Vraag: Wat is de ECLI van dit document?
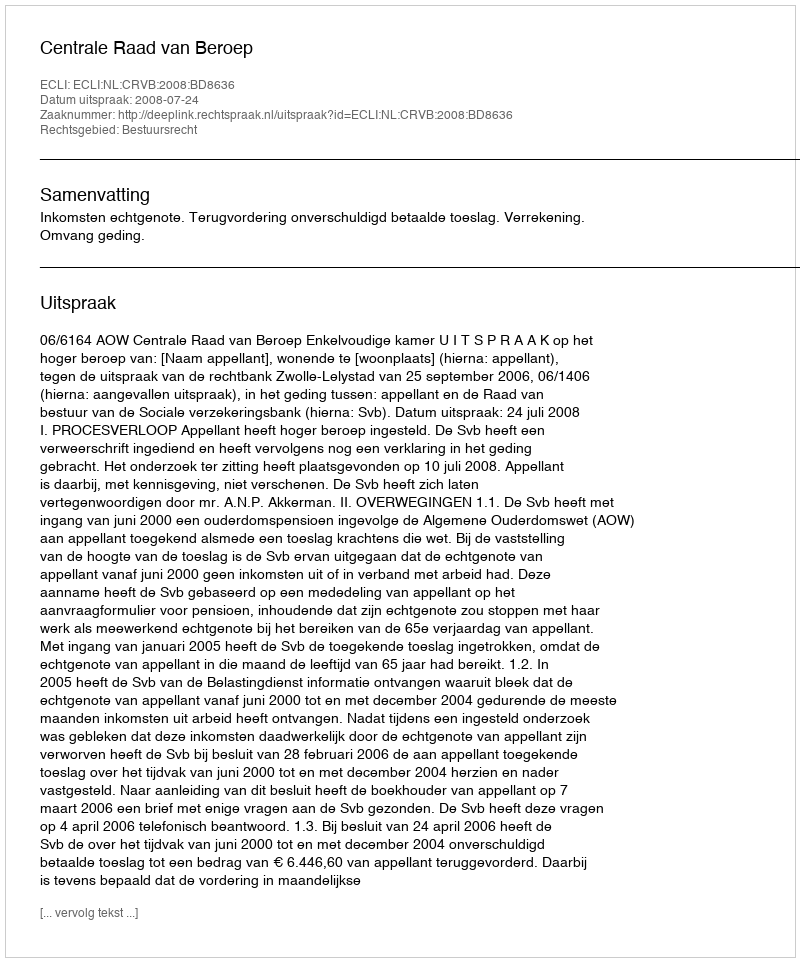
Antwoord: ECLI:NL:CRVB:2008:BD8636